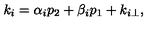
k _ { i } = \alpha _ { i } p _ { 2 } + \beta _ { i } p _ { 1 } + k _ { i \perp } ,